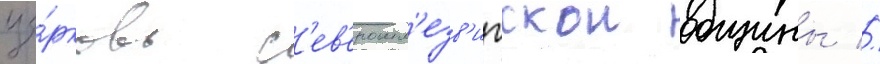
це́рковь с'ев'ерошл'езв'игскои общины //